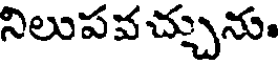
నిలుపవచ్చును.